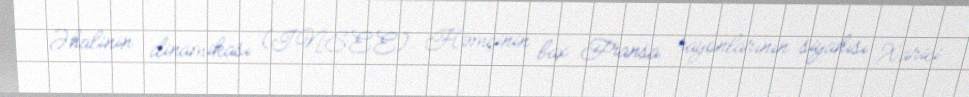
Əhalinin dinamikası (INSEE): Həmçinin bax Fransa rayonlarının siyahısı Xarici